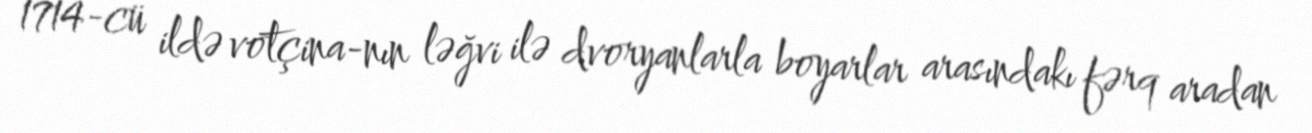
1714-cü ildə votçina-nın ləğvi ilə dvoryanlarla boyarlar arasındakı fərq aradan